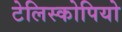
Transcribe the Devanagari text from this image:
टेलिस्कोपियो